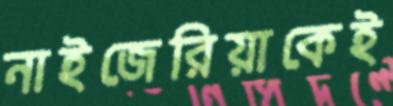
নাইজেরিয়াকেই